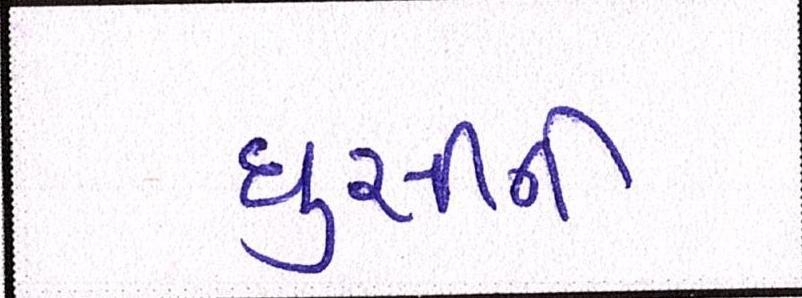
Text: ઘુસીને